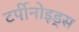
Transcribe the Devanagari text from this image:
टर्पीनोइड्स